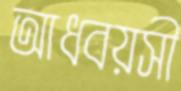
আধবয়সী